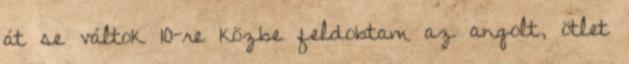
át se váltok 10-re közbe feldobtam az angolt, ötlet